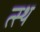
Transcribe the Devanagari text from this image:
त्स्थ